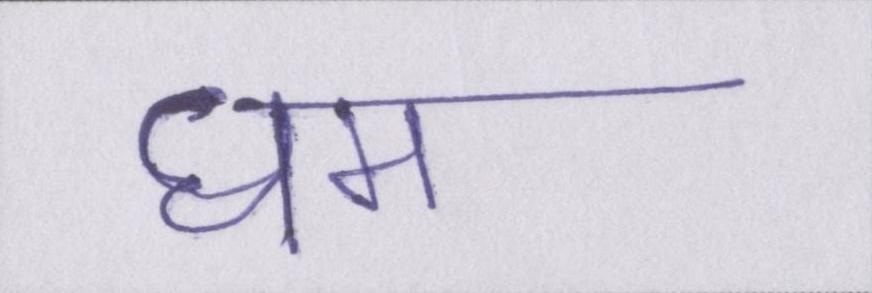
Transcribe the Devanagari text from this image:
धमनियों